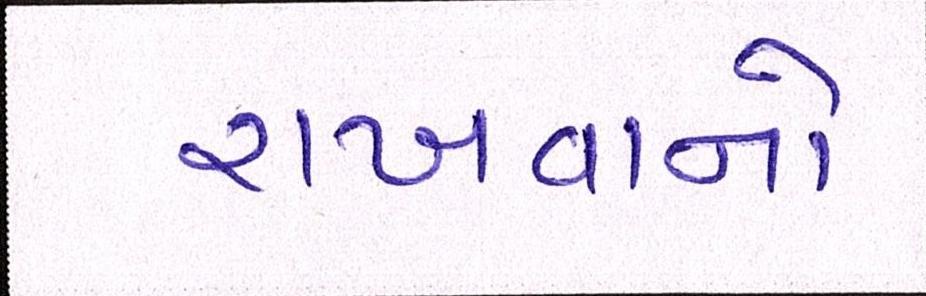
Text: રાખવાનો